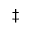
\ddagger